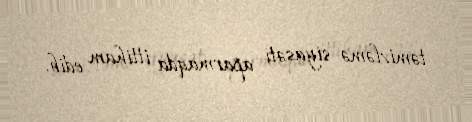
təmizləmə siyasəti aparmaqda ittiham edib.